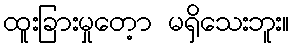
ထူးခြားမှုတေ့ာ မရှိသေးဘူး။